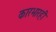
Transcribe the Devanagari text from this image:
कारभारही